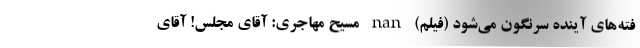
فته‌های آینده سرنگون می‌شود (فیلم) nan مسیح مهاجری: آقای مجلس! آقای